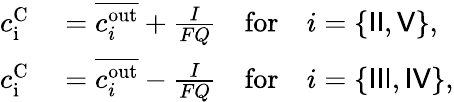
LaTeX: \begin{array}{rl}{c_{\textrm{i}}^{\textrm{C}}}&{{}=\overline{{c_{i}^{\textrm{out}}}}+\frac{I}{FQ}\quad\textrm{for}\quad i=\{ {\sf II},{\sf V}\} ,}\\ {c_{\textrm{i}}^{\textrm{C}}}&{{}=\overline{{c_{i}^{\textrm{out}}}}-\frac{I}{FQ}\quad\textrm{for}\quad i=\{ {\sf III},{\sf IV}\} ,}\end{array}